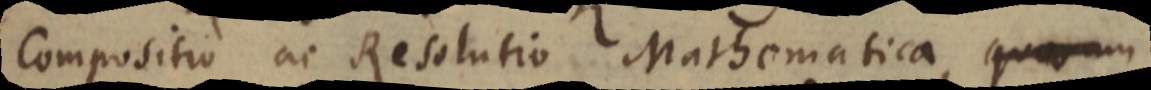
Compositio ac Resolutio Mathematica quarum